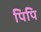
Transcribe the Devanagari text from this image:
पिपि